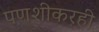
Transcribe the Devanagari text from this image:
पणशीकरही